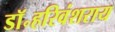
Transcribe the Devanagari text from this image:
डॉ॰हरिवंशराय